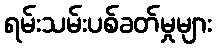
ရမ်းသမ်းပစ်ခတ်မှုများ